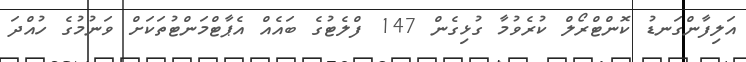
އަލިފާންގަނޑު ކޮންޓްރޯލް ކުރެވުމާ ގުޅިގެން 147 ފްލެޓުގެ ބައެއް އެޕާޓްމަންޓުތަކަށް ވަނުމުގެ ހުއްދަ